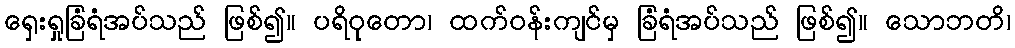
ရှေးရှုခြံရံအပ်သည် ဖြစ်၍။ ပရိဝုတော၊ ထက်ဝန်းကျင်မှ ခြံရံအပ်သည် ဖြစ်၍။ သောဘတိ၊